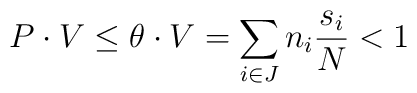
P \cdot V  \le \theta \cdot V = \sum_{i\in J} n_i \frac{s_i}{N} < 1